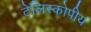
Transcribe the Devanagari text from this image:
टेलिस्कोपीय